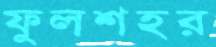
ফুলশহর